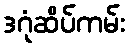
ဒဂုံဆိပ်ကမ်း